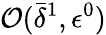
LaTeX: {\mathcal O}(\bar{\delta}^{1},{\epsilon}^{0})